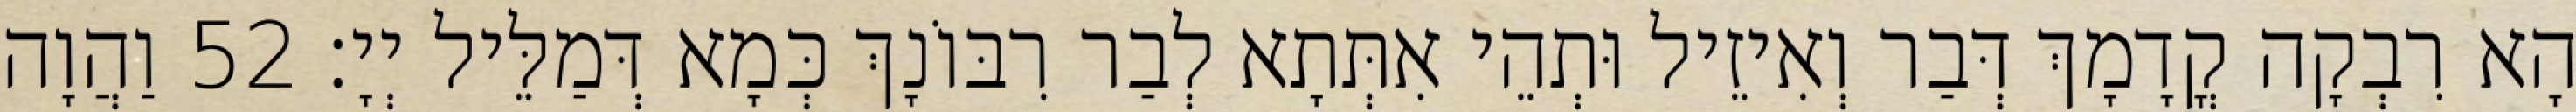
הָא רִבְקָה קֳדָמָךְ דְּבַר וְאִיזֵיל וּתְהֵי אִתְּתָא לְבַר רִבּוֹנָךְ כְּמָא דְּמַלֵּיל יְיָ׃ 52 וַהֲוָה